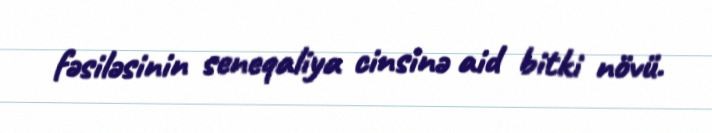
fəsiləsinin seneqaliya cinsinə aid bitki növü.